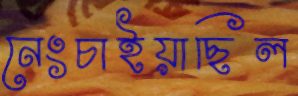
নেংচাইয়াছিল